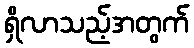
ရှိလာသည့်အတွက်